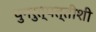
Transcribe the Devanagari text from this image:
पुनरुत्पत्तीशी